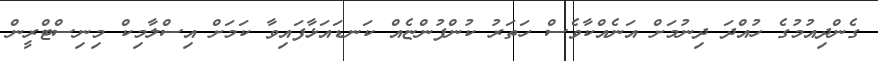
ގެންދިއުމުގެ ހުއްދަ ދިނުމަށް އަނެއްކާވެސް ހަތަރު ކުންފުންޏެއް ކަނޑައަޅާފައިވާ ކަމަށް އިސްލާމިކް މިނިސްޓްރީން